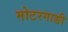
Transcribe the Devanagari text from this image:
मोटरगाङी